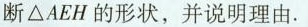
断△AEH的形状，并说明理由.